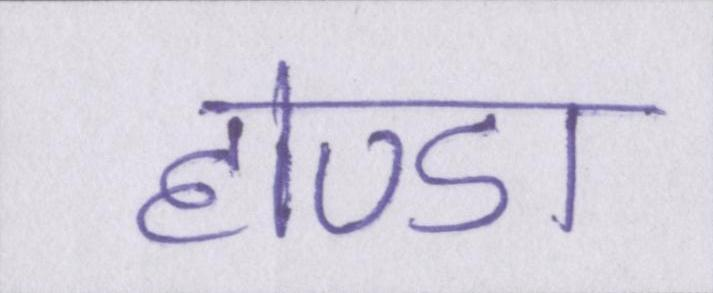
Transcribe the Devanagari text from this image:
होण्डा